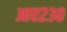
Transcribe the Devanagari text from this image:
आर२३०